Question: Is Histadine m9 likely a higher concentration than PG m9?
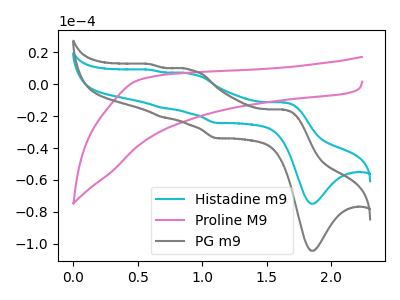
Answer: <think>The cyan curve "Histadine m9" has anodic peaks at (1.65V, -11.50uA) (0.90V, 6.45uA) (0.70V, -14.85uA) (0.60V, 8.90uA) and cathodic peaks at (1.85V, -74.85uA) (1.10V, -24.25uA). The pink curve "Proline M9" has no peaks. The gray curve "PG m9" has anodic peaks at (1.65V, -16.05uA) (0.90V, 9.00uA) (0.70V, -20.70uA) (0.60V, 12.40uA) and cathodic peaks at (1.85V, -104.30uA) (1.10V, -33.80uA).
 All the peaks in "Histadine m9" have a peak in "PG m9" at the same potential.</think>
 <answer>I cant tell if "Histadine m9" or "PG m9" has more signal.</answer>
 <eval>mixed_signal</eval>